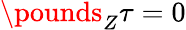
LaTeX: \pounds_{Z}\tau=0